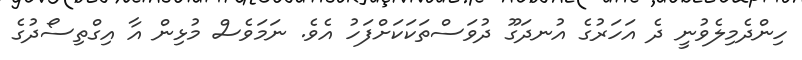
ހިންދެމިލެވުނީ ދެ އަހަރުގެ އުނދަގޫ ދުވަސްތަކަކަށްފަހު އެވެ. ނަމަވެސް މުޅިން އާ އިގްތިސޯދުގެ